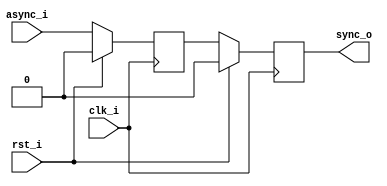
//-----------------------------------------------------------------
// Copyright (c) 2021, admin@ultra-embedded.com
// All rights reserved.
// 
// Redistribution and use in source and binary forms, with or without
// modification, are permitted provided that the following conditions 
// are met:
//   - Redistributions of source code must retain the above copyright
//     notice, this list of conditions and the following disclaimer.
//   - Redistributions in binary form must reproduce the above copyright
//     notice, this list of conditions and the following disclaimer 
//     in the documentation and/or other materials provided with the 
//     distribution.
//   - Neither the name of the author nor the names of its contributors 
//     may be used to endorse or promote products derived from this 
//     software without specific prior written permission.
// 
// THIS SOFTWARE IS PROVIDED BY THE COPYRIGHT HOLDERS AND CONTRIBUTORS 
// "AS IS" AND ANY EXPRESS OR IMPLIED WARRANTIES, INCLUDING, BUT NOT 
// LIMITED TO, THE IMPLIED WARRANTIES OF MERCHANTABILITY AND FITNESS FOR 
// A PARTICULAR PURPOSE ARE DISCLAIMED. IN NO EVENT SHALL THE AUTHOR BE 
// LIABLE FOR ANY DIRECT, INDIRECT, INCIDENTAL, SPECIAL, EXEMPLARY, OR 
// CONSEQUENTIAL DAMAGES (INCLUDING, BUT NOT LIMITED TO, PROCUREMENT OF 
// SUBSTITUTE GOODS OR SERVICES; LOSS OF USE, DATA, OR PROFITS; OR 
// BUSINESS INTERRUPTION) HOWEVER CAUSED AND ON ANY THEORY OF 
// LIABILITY, WHETHER IN CONTRACT, STRICT LIABILITY, OR TORT
// (INCLUDING NEGLIGENCE OR OTHERWISE) ARISING IN ANY WAY OUT OF 
// THE USE OF THIS SOFTWARE, EVEN IF ADVISED OF THE POSSIBILITY OF 
// SUCH DAMAGE.
//-----------------------------------------------------------------
module resync
//-----------------------------------------------------------------
// Params
//-----------------------------------------------------------------
#(
    parameter RESET_VAL = 1'b0
)
//-----------------------------------------------------------------
// Ports
//-----------------------------------------------------------------
(
    input  clk_i,
    input  rst_i,
    input  async_i,
    output sync_o
);

(* ASYNC_REG = "TRUE" *) reg sync_ms;
(* ASYNC_REG = "TRUE" *) reg sync_q;

always @ (posedge clk_i )
if (rst_i)
begin
    sync_ms  <= RESET_VAL;
    sync_q   <= RESET_VAL;
end
else
begin
    sync_ms  <= async_i;
    sync_q   <= sync_ms;
end

assign sync_o = sync_q;

endmodule